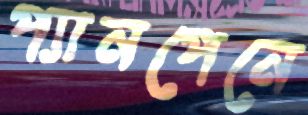
প্যানপেনে